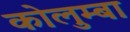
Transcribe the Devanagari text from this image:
कोलुम्बा